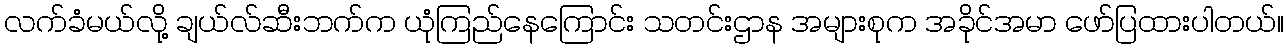
လက်ခံမယ်လို့ ချယ်လ်ဆီးဘက်က ယုံကြည်နေကြောင်း သတင်းဌာန အများစုက အခိုင်အမာ ဖော်ပြထားပါတယ်။